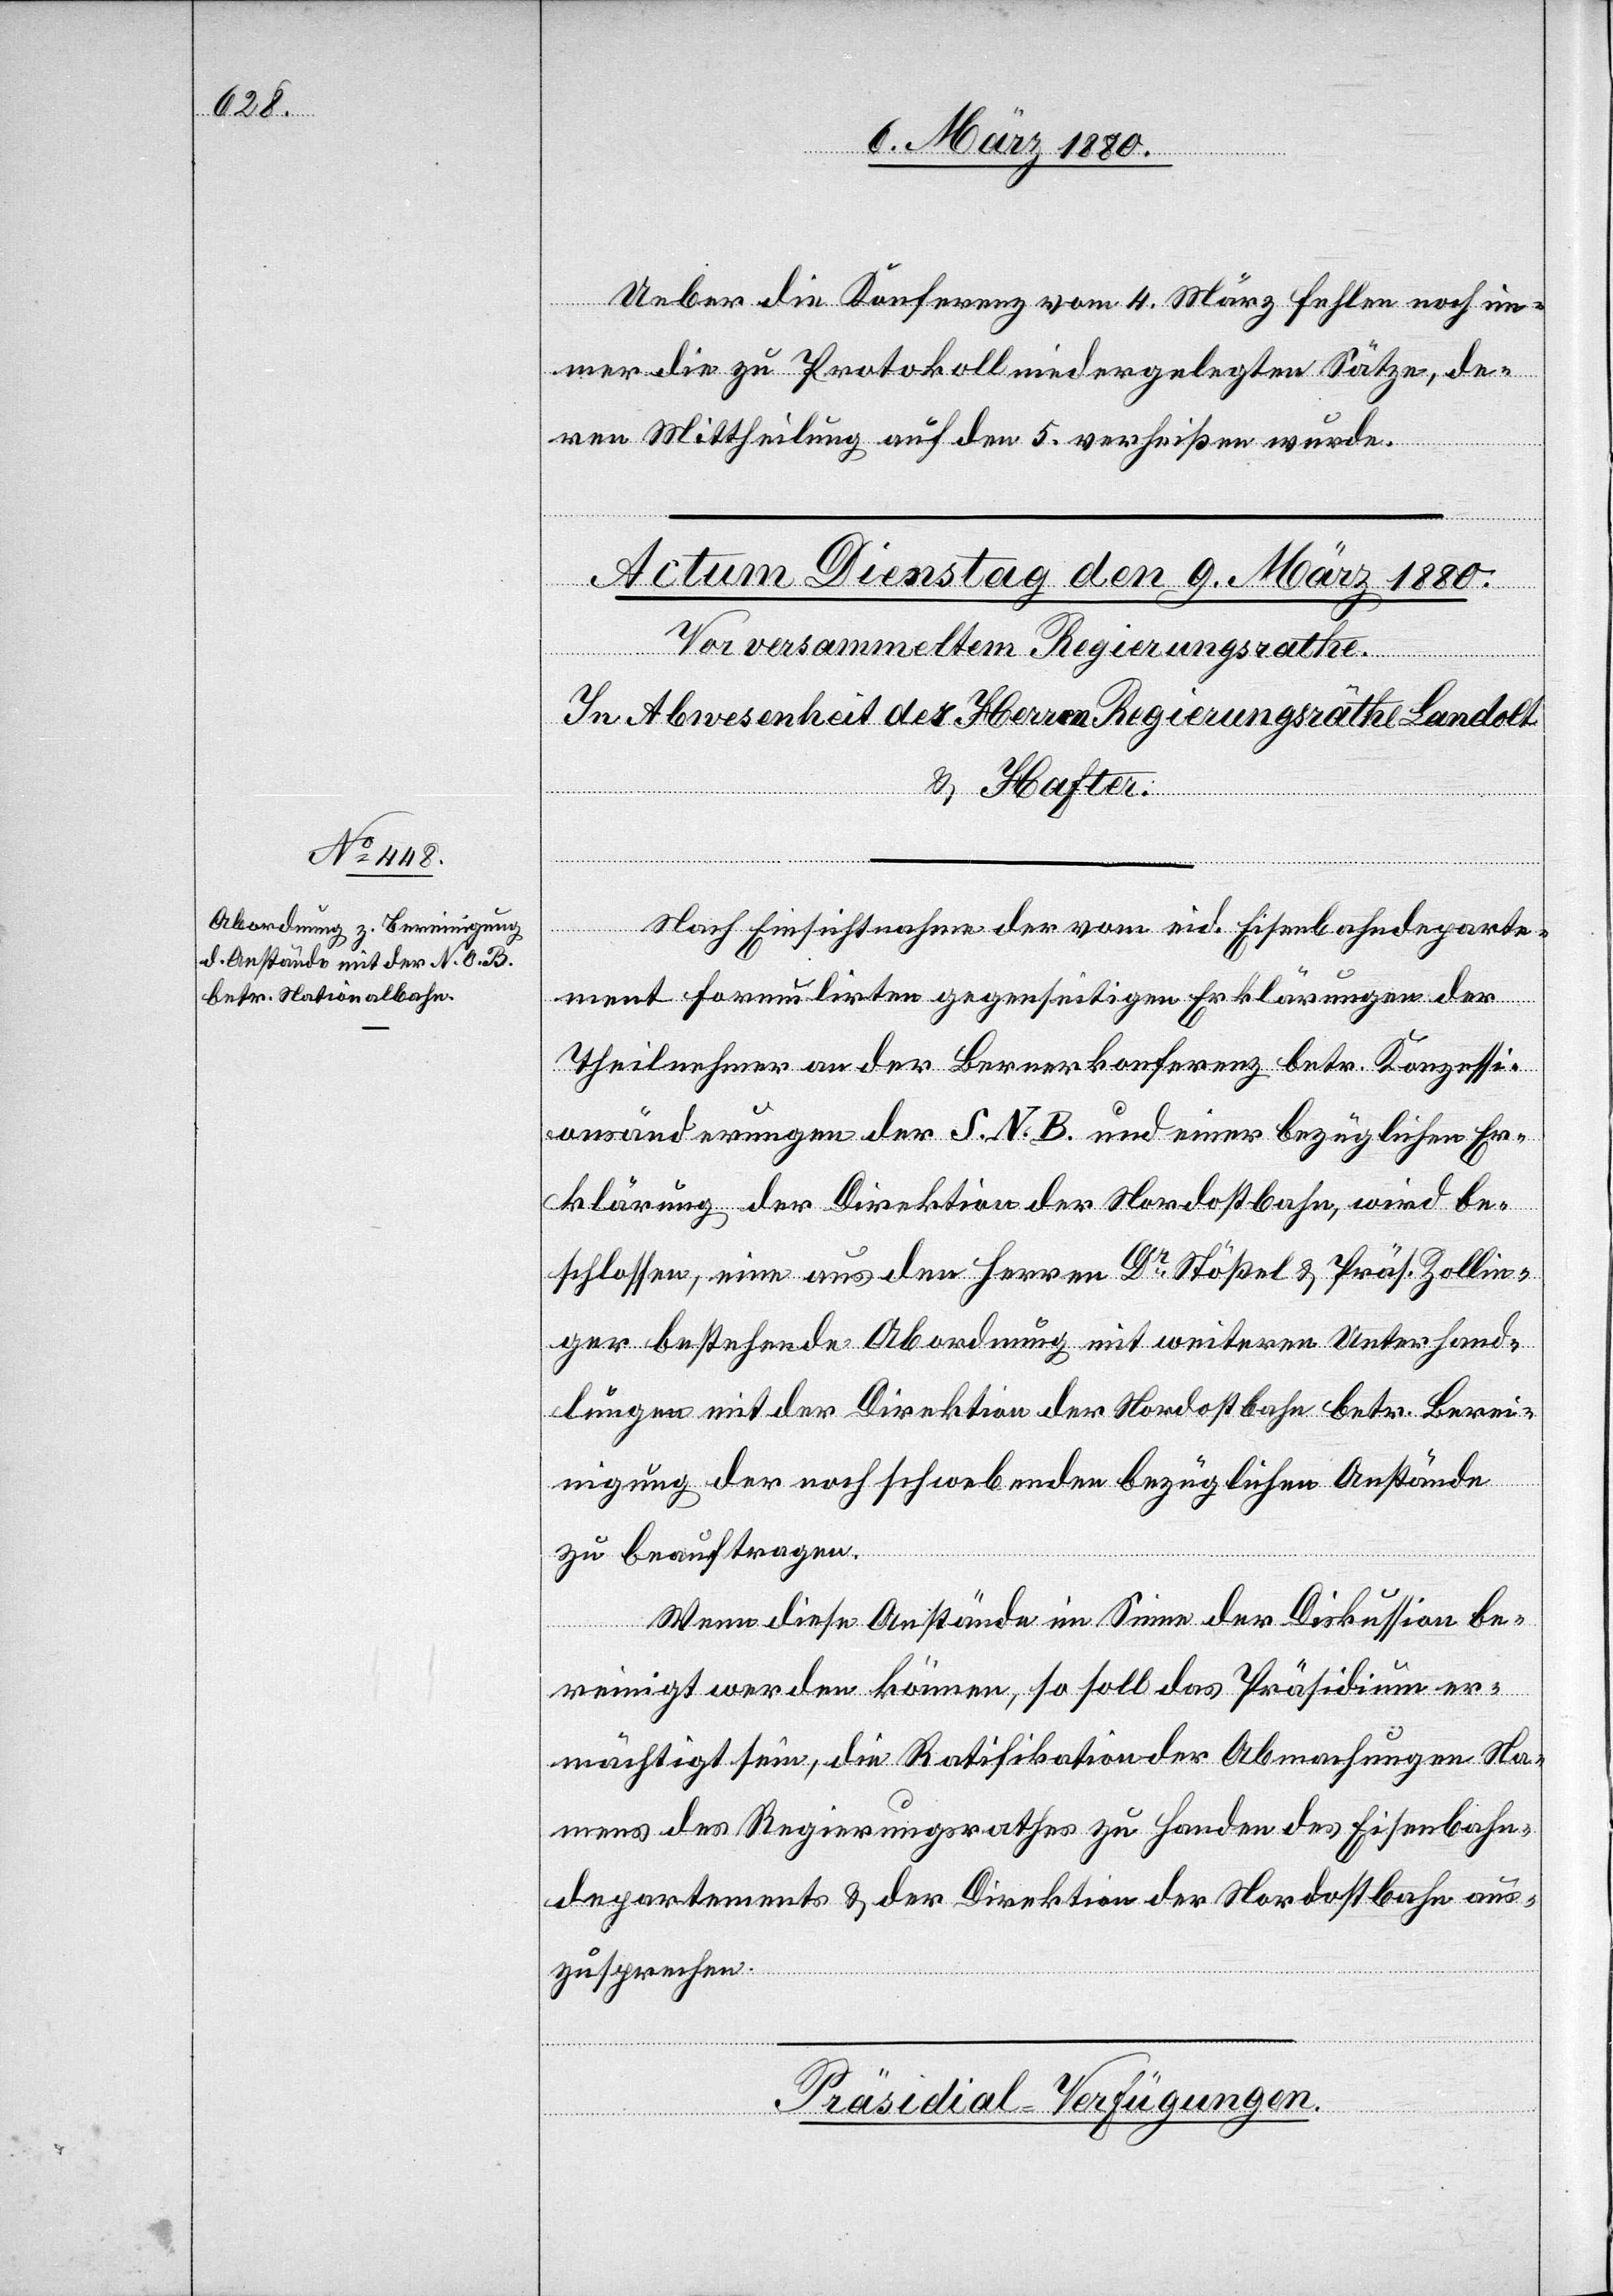
Ueber die Konferenz vom 4. März fehlen noch im¬
mer die zu Protokoll niedergelegten Sätze, de¬
ren Mittheilung auf den 5. verheißen wurde.
Nach Einsichtnahme der vom eid. Eisenbahndeparte¬
ment formulirten gegenseitigen Erklärungen der
Theilnehmer an der Bernerkonferenz betr. Konzessi¬
onsänderung der S. N. B. und einer bezüglichen Er¬
klärung der Direktion der Nordostbahn, wird be¬
schlossen, eine aus den Herren Dr Stößel & Präs. Zollin¬
ger bestehende Abordnung mit weitern Unterhand¬
lungen mit der Direktion der Nordostbahn betr. Berei¬
nigung der noch schwebenden bezüglichen Anstände
zu beauftragen.
Wenn diese Anstände im Sinne der Diskussion be¬
reinigt werden können, so soll das Präsidium er¬
mächtigt sein, die Ratifikation der Abmachungen Na¬
mens des Regierungsrathes zu Handen des Eisenbahn¬
departements & der Direktion der Nordostbahn aus¬
zusprechen.
Präsidial-Verfügungen.